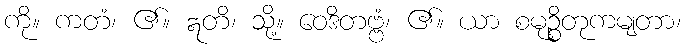
ကို။ ကတံ၊ ၏။ ဣတိ၊ သို့။ ဝေဒိတဗ္ဗံ၊ ၏။ ယာ စမုဉ္စိတုကမျတာ၊